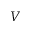
V